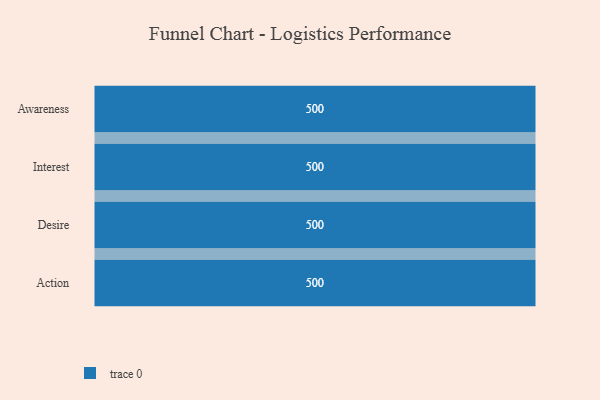
{"axis": {"x": "Stage", "y": "Value"}, "legend": [""], "data": [{"x": "Awareness", "y": 500, "type": ""}, {"x": "Interest", "y": 500, "type": ""}, {"x": "Desire", "y": 500, "type": ""}, {"x": "Action", "y": 500, "type": ""}]}